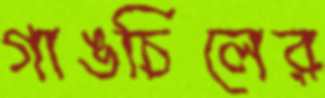
গাঙচিলের